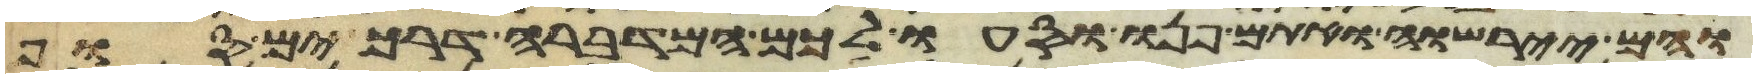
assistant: והם יירשוה ואתם פנו וסעו לכם המדברה דרך ים סוף